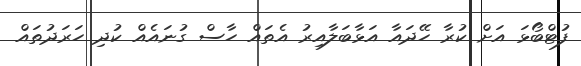
ފުޓްބޯޅަ އަށް ކުރާ ހޭދައާ އަޅާބަލާއިރު އެތައް ހާސް ގުނައެއް ކުދި ހަރަދުތައް